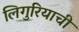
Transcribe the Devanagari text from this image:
लिगुरियाची